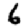
Digit: 6